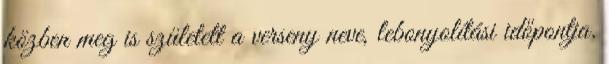
közben meg is született a verseny neve, lebonyolítási időpontja.